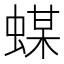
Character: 䗋